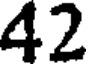
42